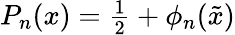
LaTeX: \begin{array}{r}{P_{n}(x)=\frac{1}{2}+\phi_{n}({\tilde{x}})}\end{array}